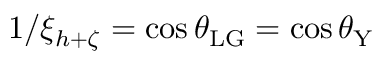
1 / \xi _ { h + \zeta } = \cos \theta _ { \mathrm { L G } } = \cos \theta _ { \mathrm { Y } }